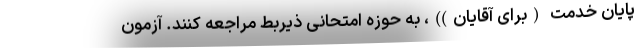
پایان خدمت (برای آقایان))، به حوزه امتحانی ذیربط مراجعه کنند. آزمون